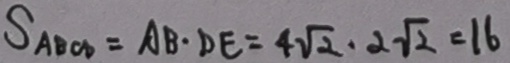
S _ { A B C O } = A B \cdot D E = 4 \sqrt { 2 } \cdot 2 \sqrt { 2 } = 1 6